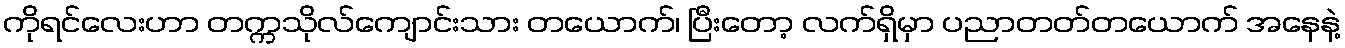
ကိုရင်လေးဟာ တက္ကသိုလ်ကျောင်းသား တယောက်၊ ပြီးတော့ လက်ရှိမှာ ပညာတတ်တယောက် အနေနဲ့